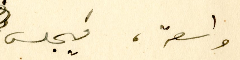
واسعة، فيجلس